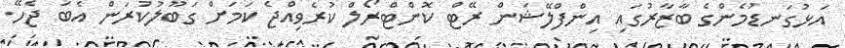
އަޅުގަނޑުމެންގެ ބާޒާރުގައި އިންފްލޭޝަން ރޭޓް ކޮންޓްރޯލް ކުރެވިއްޖެ ކަމަށް ގަބޫލުކުރަން އެބަ ޖެހޭ.